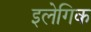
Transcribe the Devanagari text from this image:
इलेगिक